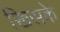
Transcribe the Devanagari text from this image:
खिसके